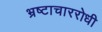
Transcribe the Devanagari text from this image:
भ्रष्टाचाररोधी